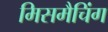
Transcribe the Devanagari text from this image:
मिसमैचिंग